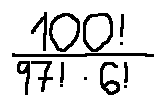
\frac { 1 0 0 ! } { 9 7 ! \cdot 6 ! }